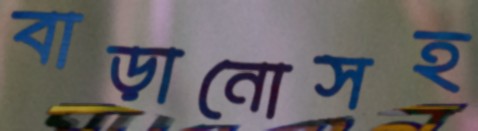
বাড়ানোসহ